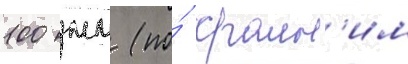
100 мм (по́ краин'им